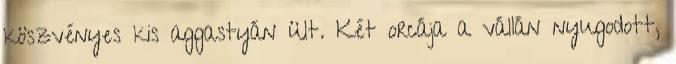
köszvényes kis aggastyán ült. Két orcája a vállán nyugodott,